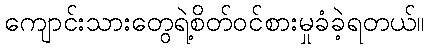
ကျောင်းသားတွေရဲ့စိတ်ဝင်စားမှုခံခဲ့ရတယ်။